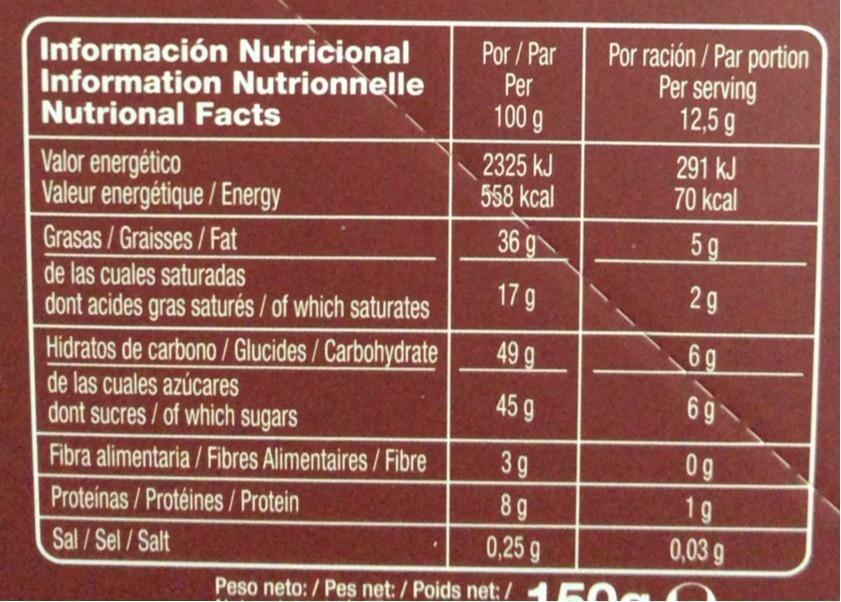
Información Nutricional Information Nutrionnelle Nutrional Facts
Por / Par Per 100 g
Por ración / Par portion Per serving 12,5 g
Valor energético Valeur energétique / Energy
2325 kJ 558 kcal
291 kJ 70 kcal
36 g
5g
Grasas /Graisses/Fat de las cuales saturadas dont acides gras saturés / of which saturates Hidratos de carbono / Glucides/Carbohydrate de las cuales azúcares dont sucres/of which sugars Fibra alimentaria/ Fibres Alimentaires/Fibre Proteínas / Protéines / Protein
179
2g
49 g
6g
45 9
6g
0g
3g 8g 0,25 g
1g
0,03 g
Sal/Sel/Salt
Peso neto: / Pes net: / Poids net: / 150